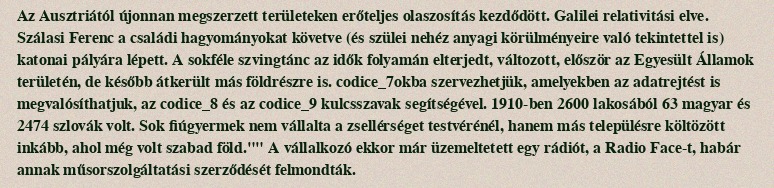
Az Ausztriától újonnan megszerzett területeken erőteljes olaszosítás kezdődött. Galilei relativitási elve. Szálasi Ferenc a családi hagyományokat követve (és szülei nehéz anyagi körülményeire való tekintettel is) katonai pályára lépett. A sokféle szvingtánc az idők folyamán elterjedt, változott, először az Egyesült Államok területén, de később átkerült más földrészre is. codice_7okba szervezhetjük, amelyekben az adatrejtést is megvalósíthatjuk, az codice_8 és az codice_9 kulcsszavak segítségével. 1910-ben 2600 lakosából 63 magyar és 2474 szlovák volt. Sok fiúgyermek nem vállalta a zsellérséget testvérénél, hanem más településre költözött inkább, ahol még volt szabad föld."" A vállalkozó ekkor már üzemeltetett egy rádiót, a Radio Face-t, habár annak műsorszolgáltatási szerződését felmondták.